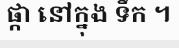
ផ្កា នៅក្នុង ទឹក ។